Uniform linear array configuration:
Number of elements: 24
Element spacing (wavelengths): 0.25
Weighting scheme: cosine
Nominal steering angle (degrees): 45
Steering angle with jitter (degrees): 44.165
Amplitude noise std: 0.05
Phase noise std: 0.05

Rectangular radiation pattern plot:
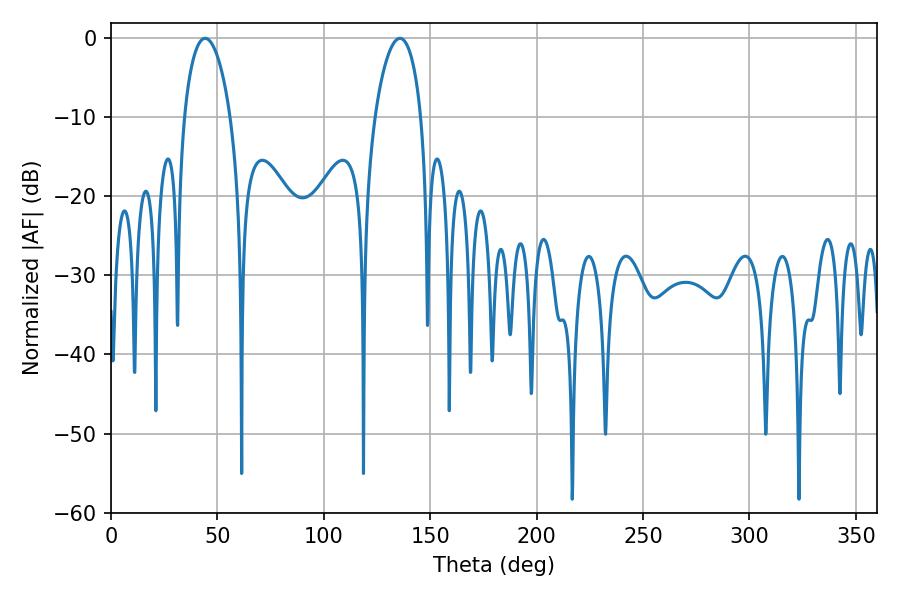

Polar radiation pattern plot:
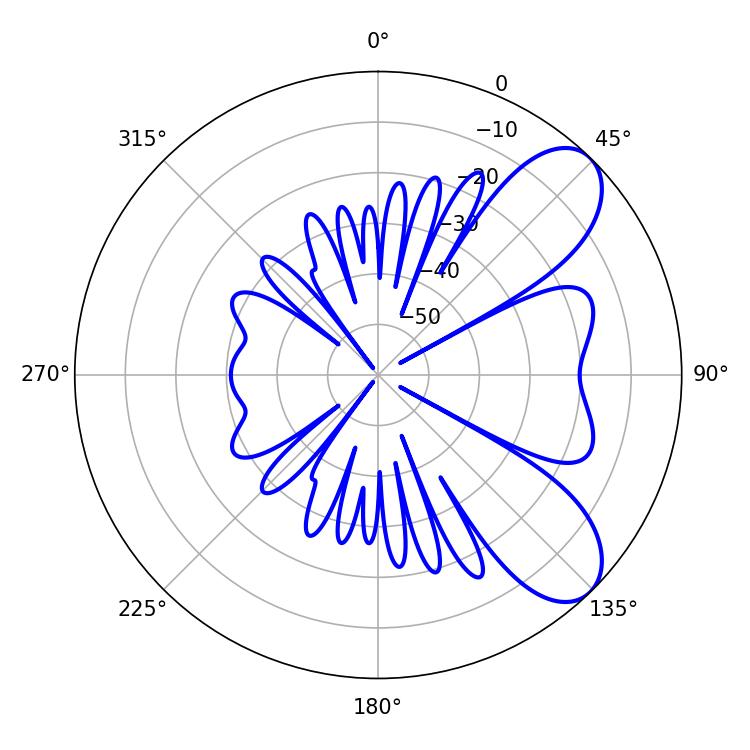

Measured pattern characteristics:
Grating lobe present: FALSE
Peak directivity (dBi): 7.775
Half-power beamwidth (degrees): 12.42
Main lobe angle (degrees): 44.28